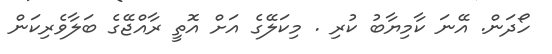
ހޯދަން. އޭނަ ކާމިޔާބު ކުރި . މިކަލޭގެ އަށް އޮތީ ރާއްޖޭގެ ބަލާވެރިކަން